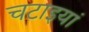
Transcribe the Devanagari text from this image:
चटाइयां